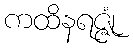
ကထိနရဇ္ဇုံ